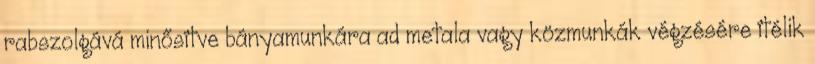
rabszolgává minősítve bányamunkára ad metala vagy közmunkák végzésére ítélik